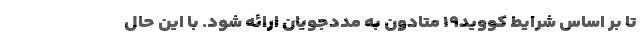
تا بر اساس شرایط کووید۱۹ متادون به مددجویان ارائه شود. با این حال